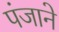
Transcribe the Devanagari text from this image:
पंजाने